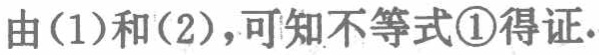
由(1)和(2)，可知不等式\textcircled{1}得证.